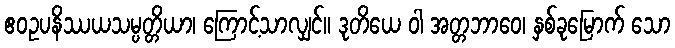
ဧဝဥပနိဿယသမ္ပတ္တိယာ၊ ကြောင့်သာလျှင်။ ဒုတိယေ ဝါ အတ္တဘာဝေ၊ နှစ်ခုမြောက် သော